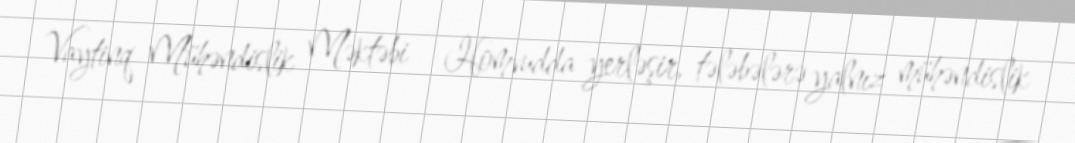
Vaytinq Mühəndislik Məktəbi - Homvudda yerləşir, tələbələrə yalnız mühəndislik